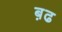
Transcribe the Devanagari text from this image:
ब़ढ